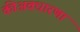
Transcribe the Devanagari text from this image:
कीअवधारणा